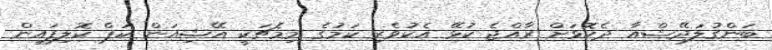
ބަންގުލަދޭޝްއާ ދެކޮޅަށް ރާއްޖެ ކުޅޭ އެކުވެރި ކަމުގެ މިމެޗަކީ އޭޝިއަން ކަޕް ކޮލިފައިން